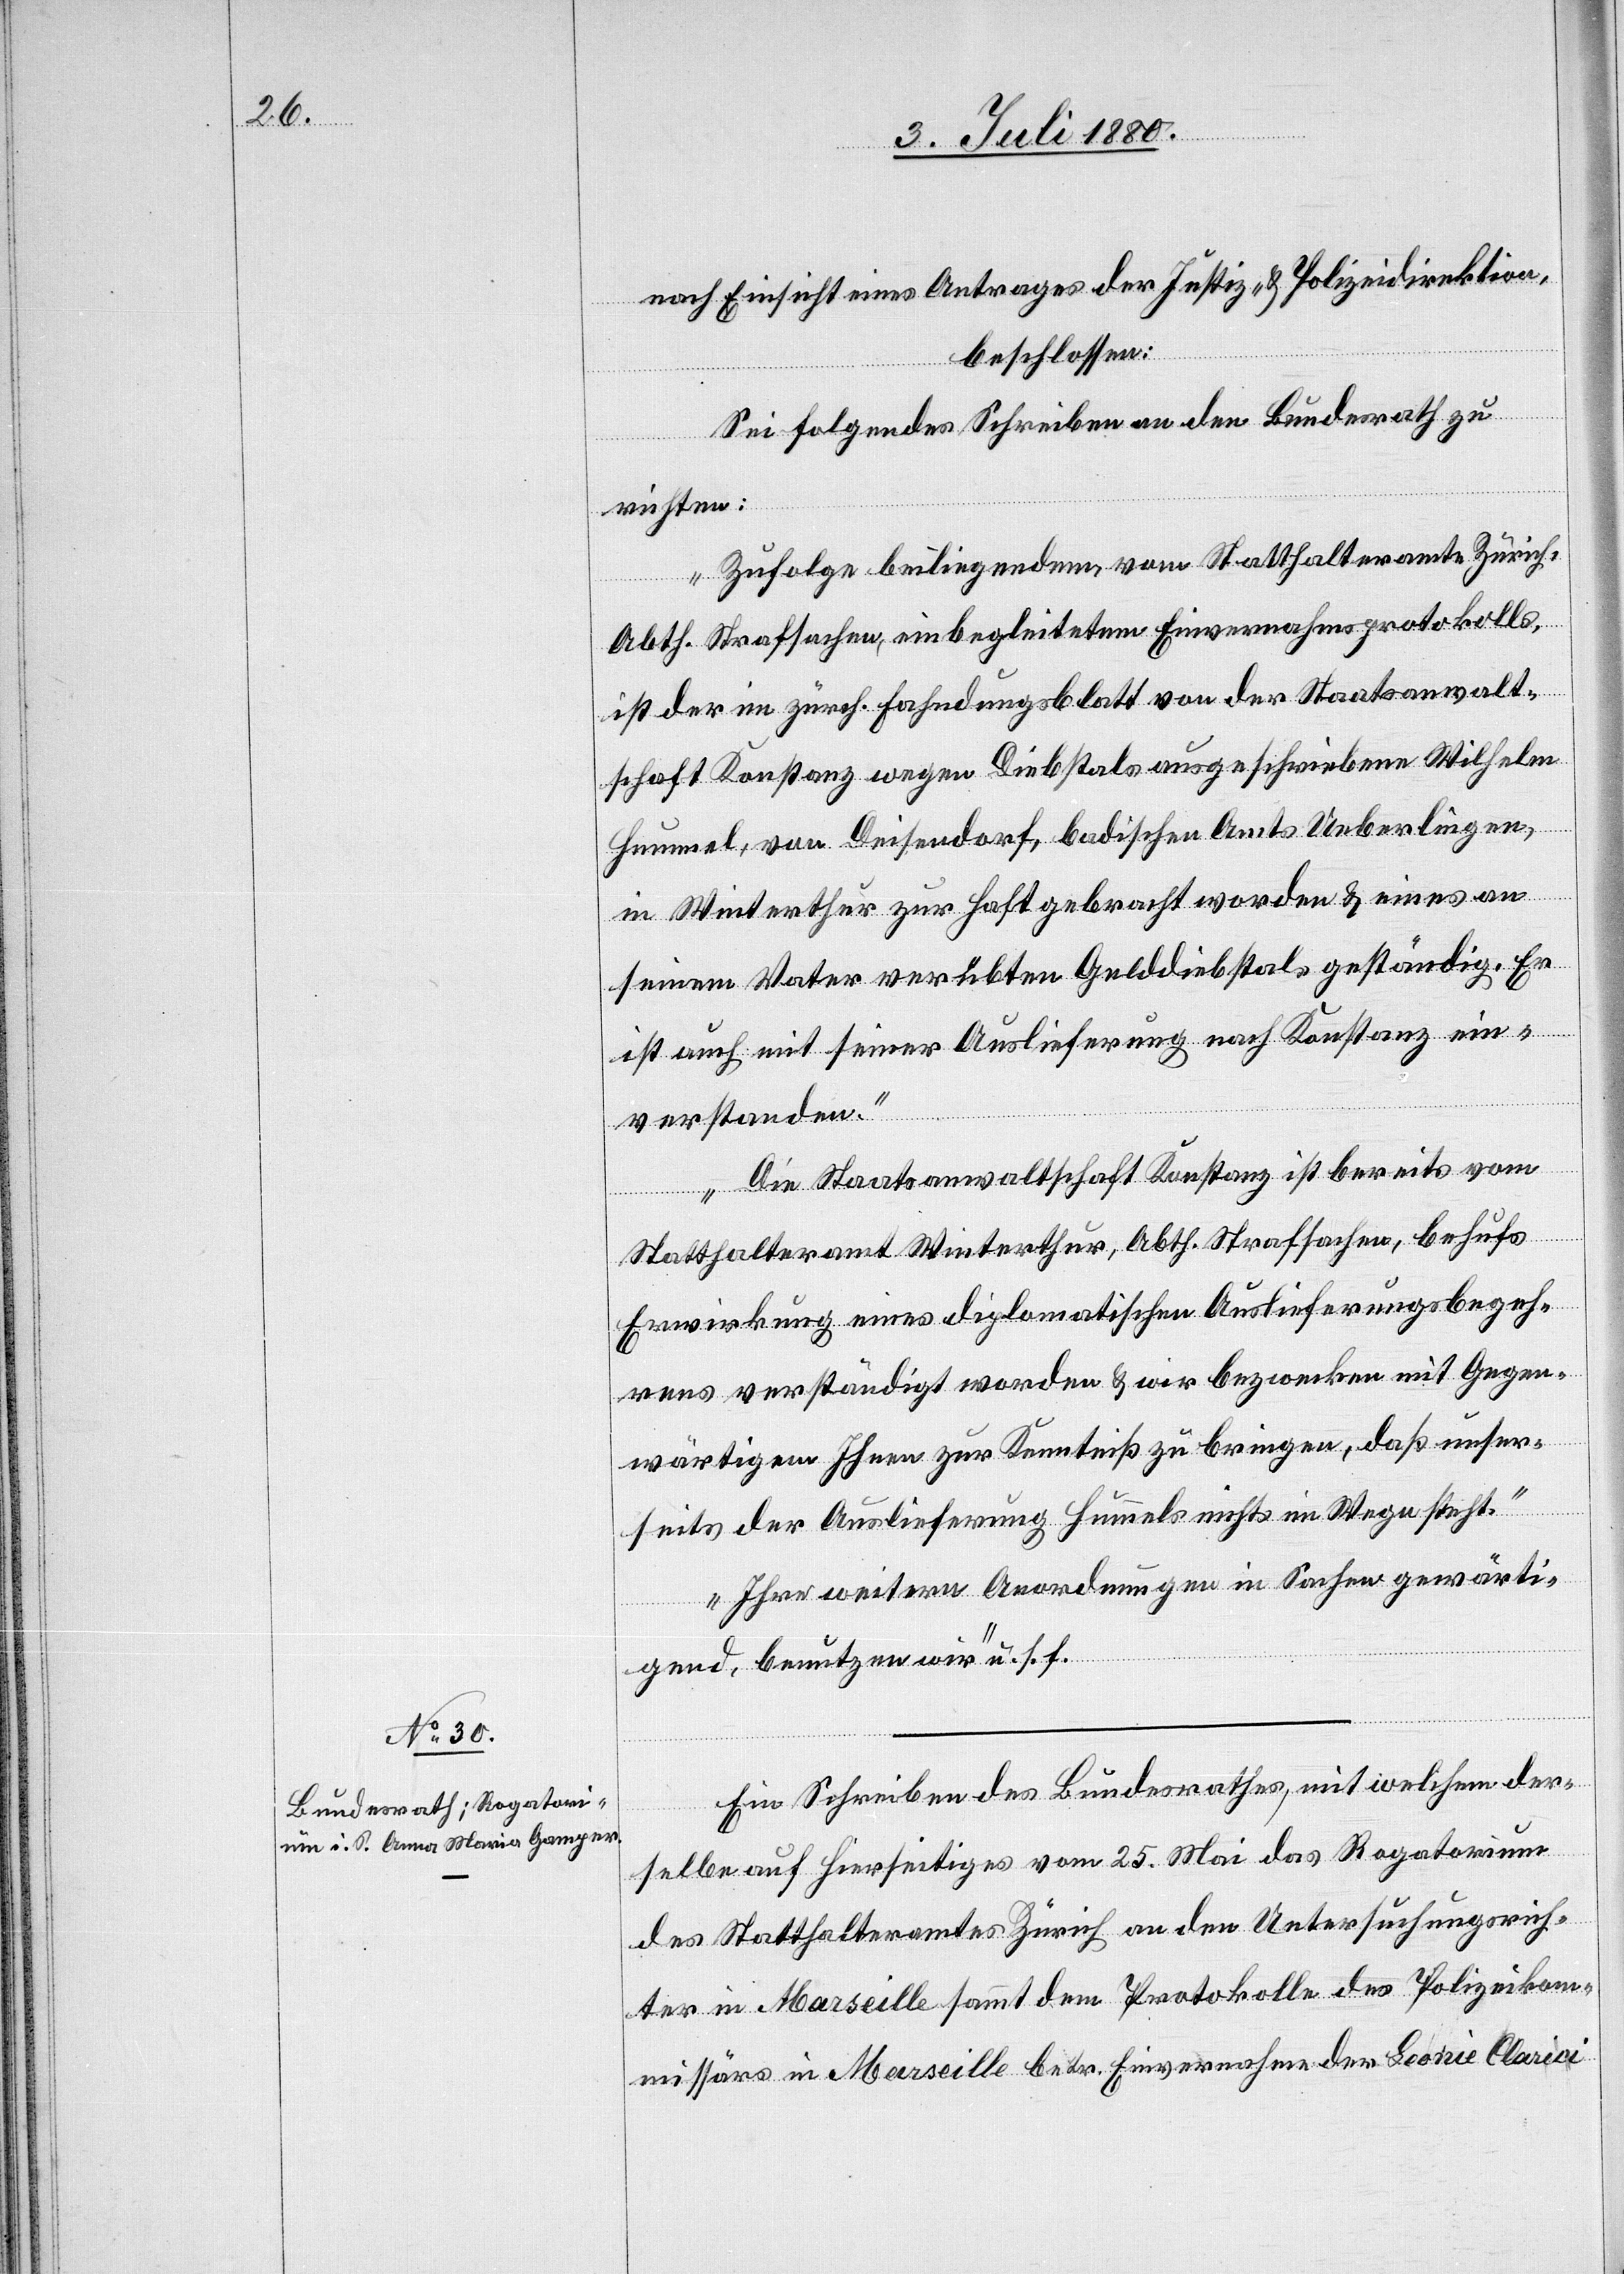
6. Juli 1880.]
nach Einsicht eines Antrages der Justiz- & Polizeidirektion,
beschlossen:
Sei folgendes Schreiben an den Bundesrath zu
richten:
„Zufolge beiliegendem, vom Statthalteramte Zürich,
Abth. Strafsachen, einbegleitetem Einvernahmsprotokolls,
ist der im zürch. Fahndungsblatt von der Staatsanwalt¬
schaft Konstanz wegen Diebstals ausgeschriebene Wilhelm
Hummel, von Deisendorf, badischen Amts Ueberlingen,
in Winterthur zur Haft gebracht worden & eines an
seinem Vater verübten Gelddiebstals geständig. Er
ist auch mit seiner Auslieferung nach Konstanz ein¬
verstanden.
Die Staatsanwaltschaft Konstanz ist bereits vom
Statthalteramt Winterthur, Abth. Strafsachen, behufs
Erwirkung eines diplomatischen Auslieferungsbegeh¬
rens verständigt worden & wir bezwecken mit Gegen¬
wärtigem Ihnen zur Kenntniß zu bringen, daß unser¬
seits der Auslieferung Hummels nichts im Wege steht.
Ihre weitern Anordnungen in Sachen gewärti¬
gend, benutzen wir“ u. s. f.
Ein Schreiben des Bundesrathes, mit welchem der¬
selbe auf hierseitiges vom 25. Mai das Rogatorium
des Statthalteramtes Zürich an den Untersuchungsrich¬
ter in Marseille sammt dem Protokolle des Polizeikom¬
missärs in Marseille betr. Einvernahme der Leonie Clarici